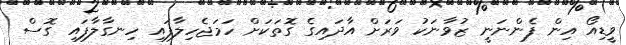
ވީޑިއޯ އިން ފެންނަނީ ޒުވާނަކު ވަރަށް އާދައިގެ ގޮތަކަށް ހަމަޖެހިލާފައި ހިނގާލާފައި ގޮސް